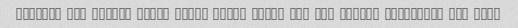
vaghean ham kheyli tamiz baste bandi shode bod ham kheyli khoshmaze bod merC